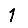
Digit: 1